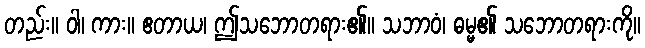
တည်း။ ဝါ၊ ကား။ ဧတာယ၊ ဤသဘောတရား၏။ သဘာဝံ၊ ဓမ္မ၏ သဘောတရားကို။